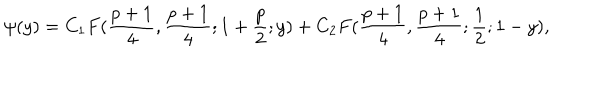
LaTeX: \psi ( y ) = C _ { 1 } F ( { \frac { p + 1 } { 4 } } , { \frac { p + 1 } { 4 } } ; 1 + { \frac { p } { 2 } } ; y ) + C _ { 2 } F ( { \frac { p + 1 } { 4 } } , { \frac { p + 1 } { 4 } } ; { \frac { 1 } { 2 } } ; 1 - y ) ,